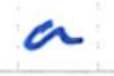
Text: a
Cross-out: clean
Writing tool: ballpoint